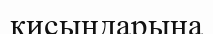
қисындарына